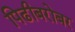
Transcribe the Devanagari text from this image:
पिढीबरोबर